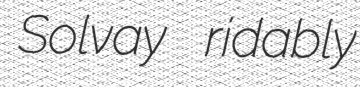
Solvay ridably